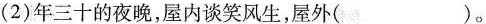
(2)年三十的夜晚，屋内谈笑风生，屋外 ( )。